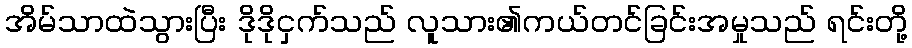
အိမ်သာထဲသွားပြီး ဒိုဒိုငှက်သည် လူသား၏ကယ်တင်ခြင်းအမှုသည် ရင်းတို့